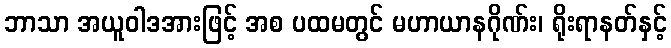
ဘာသာ အယူဝါဒအားဖြင့် အစ ပထမတွင် မဟာယာနဂိုဏ်း၊ ရိုးရာနတ်နှင့်